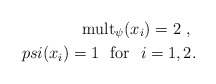
\begin{align*}\mbox{mult}_{\psi} ( x_i ) = 2 \ , \ \\psi ( x_i ) = 1 \ \ \mbox{for \ } i = 1 , 2 .\end{align*}